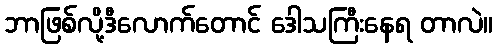
ဘာဖြစ်လို့ဒီလောက်တောင် ဒေါသကြီးနေရ တာလဲ။